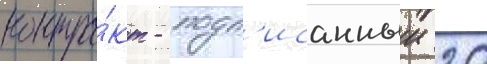
контра́кт - подп'исанныи 20